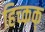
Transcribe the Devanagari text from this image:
हिच्कक्